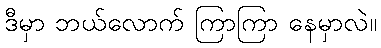
ဒီမှာ ဘယ်လောက် ကြာကြာ နေမှာလဲ။